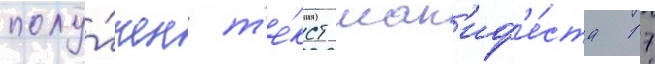
полу́чен т'е́кст ман'иф'е́ста 17